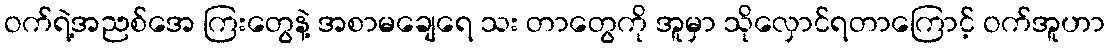
ဝက်ရဲ့အညစ်အေ ကြးတွေနဲ့ အစာမချေရေ သး တာတွေကို အူမှာ သိုလှောင်ရတာကြောင့် ဝက်အူဟာ